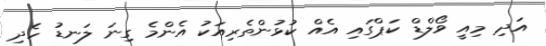
އަދި މިއީ ވޯލްޑް ކަޕްގައި އެއް ކުޅުންތެރިއަކު އެންމެ ގިނަ ލަނޑު ހެދި